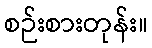
စဉ်းစားတုန်း။